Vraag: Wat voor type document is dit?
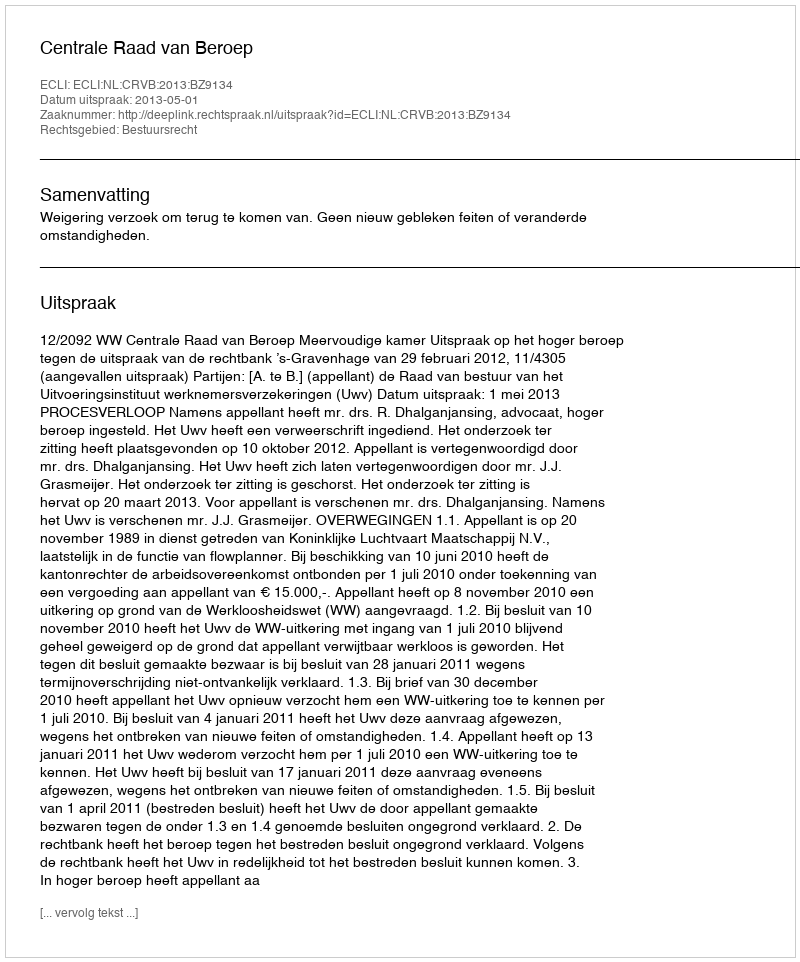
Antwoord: Uitspraak